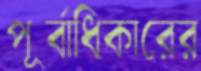
পূর্বাধিকারের